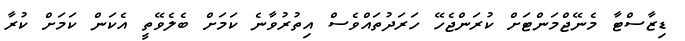
ޑިޒާސްޓާ މެނޭޖްމަންޓަށް ކުރަންޖެހޭ ހަރަދުތައްވެސް އިތުރުވާނެ ކަމަށް ބެލެވޭތީ އެކަން ކަމަށް ކުރާ